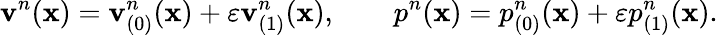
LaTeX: \mathbf{v}^{n}(\mathbf{x})=\mathbf{v}_{(0)}^{n}(\mathbf{x})+\varepsilon\mathbf{v}_{(1)}^{n}(\mathbf{x}),\qquad p^{n}(\mathbf{x})=p_{(0)}^{n}(\mathbf{x})+\varepsilon p_{(1)}^{n}(\mathbf{x}).